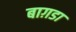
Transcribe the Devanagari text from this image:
बाग़डा